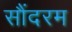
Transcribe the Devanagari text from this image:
सौंदरम